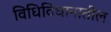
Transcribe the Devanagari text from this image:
विधिविधानातील